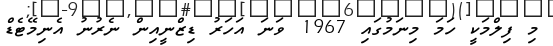
މި ފިލްމަކީ ހަމަ މިނަމުގައި 1967 ވަނަ އަހަރު ޑިޒްނީއިން ނެރުނު އެނިމޭޓެޑް